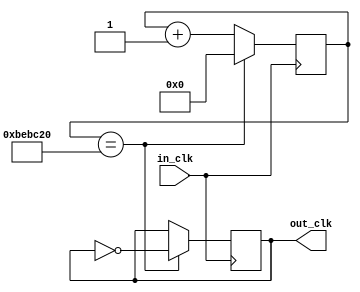
`timescale 1ns / 1ps
//////////////////////////////////////////////////////////////////////////////////
// Company:
// Engineer:
//
// Design Name:
// Module Name: slow_clock_deb
// Project Name:
// Target Devices:
// Tool Versions:
// Description:
//
// Dependencies:
//
// Revision:
// Revision 0.01 - File Created
// Additional Comments:
//
//////////////////////////////////////////////////////////////////////////////////


module slow_clock_deb(in_clk,out_clk);
input in_clk;
output out_clk;

reg [25:0] count = 0;
reg out_clk;

always @(posedge in_clk)
begin
count <= count+1;
if (count == 12500000)
begin
count <= 0;
out_clk <= ~out_clk;
end
end

endmodule